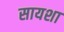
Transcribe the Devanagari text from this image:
सायशा